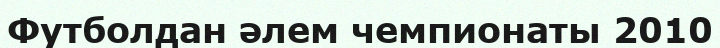
Футболдан әлем чемпионаты 2010